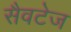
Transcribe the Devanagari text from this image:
सैवटेज